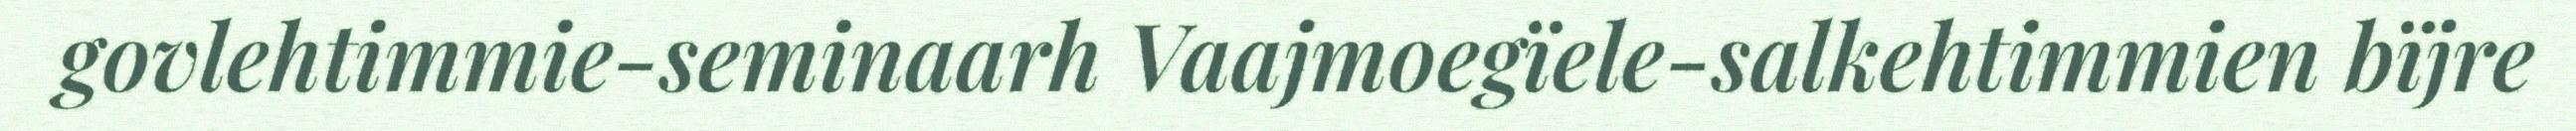
govlehtimmie-seminaarh Vaajmoegïele-salkehtimmien bïjre